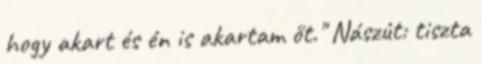
hogy akart és én is akartam őt." Nászút: tiszta